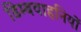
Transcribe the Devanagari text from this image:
डिम्बवाहनियों